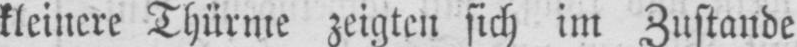
kleinere Thürme zeigten sich im Zustande